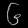
Digit: ၆